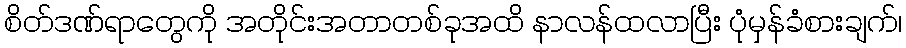
စိတ်ဒဏ်ရာတွေကို အတိုင်းအတာတစ်ခုအထိ နာလန်ထလာပြီး ပုံမှန်ခံစားချက်၊